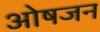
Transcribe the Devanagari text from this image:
ओषजन